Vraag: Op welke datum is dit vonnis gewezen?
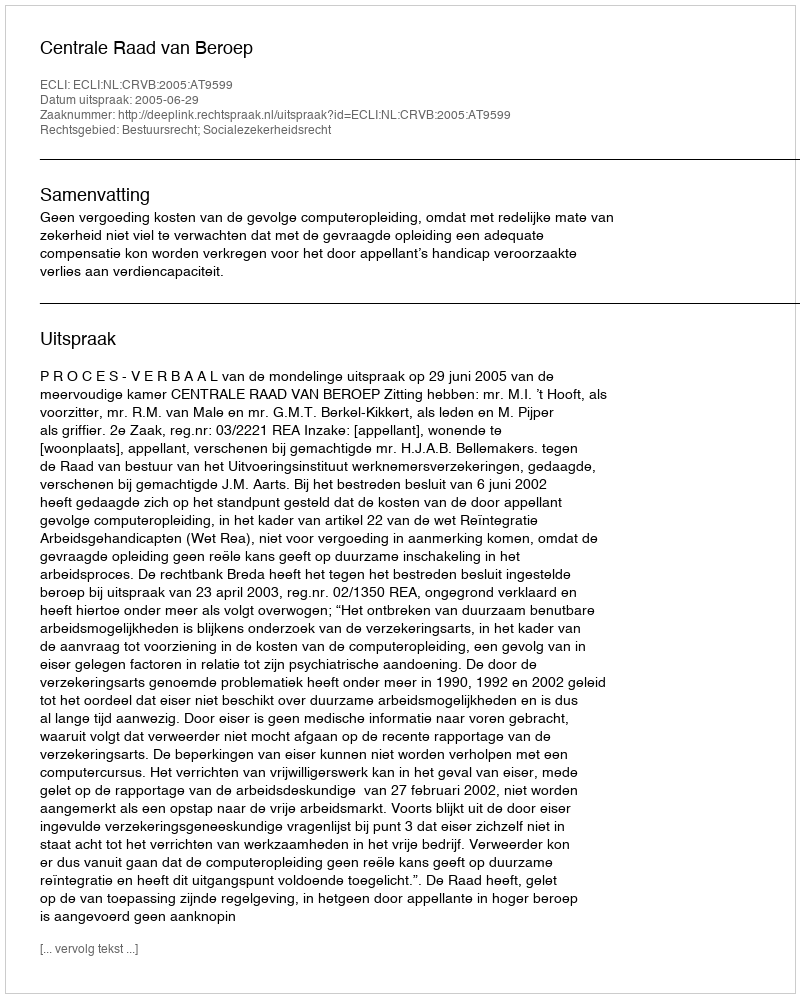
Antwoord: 2005-06-29